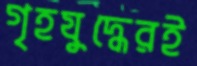
গৃহযুদ্ধেরই